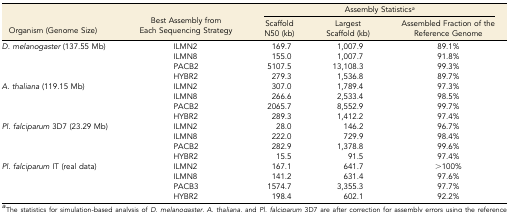
| <ROWSPAN=2> Organism (Genome Size) | <ROWSPAN=2> Best Assembly from Each Sequencing Strategy | <COLSPAN=3> Assembly Statisticsa |
 | Scaffold N50 (kb) | Largest Scaffold (kb) | Assembled Fraction of the Reference Genome |
 | --- | --- | --- | --- | --- |
 | <ROWSPAN=4> D. melanogaster (137.55 Mb) | ILMN2 | 169.7 | 1,007.9 | 89.1% |
 | ILMN8 | 155.0 | 1,007.7 | 91.8% |
 | PACB2 | 5107.5 | 13,108.3 | 99.3% |
 | HYBR2 | 279.3 | 1,536.8 | 89.7% |
 | <ROWSPAN=4> A. thaliana (119.15 Mb) | ILMN2 | 307.0 | 1,789.4 | 97.3% |
 | ILMN8 | 266.6 | 2,533.4 | 98.5% |
 | PACB2 | 2065.7 | 8,552.9 | 99.7% |
 | HYBR2 | 289.3 | 1,412.2 | 97.4% |
 | <ROWSPAN=4> Pl. falciparum 3D7 (23.29 Mb) | ILMN2 | 28.0 | 146.2 | 96.7% |
 | ILMN8 | 222.0 | 729.9 | 98.4% |
 | PACB2 | 282.9 | 1,378.8 | 99.6% |
 | HYBR2 | 15.5 | 91.5 | 97.4% |
 | <ROWSPAN=4> Pl. falciparum IT (real data) | ILMN2 | 167.1 | 641.7 | >100% |
 | ILMN8 | 141.2 | 631.4 | 97.6% |
 | PACB3 | 1574.7 | 3,355.3 | 97.7% |
 | HYBR2 | 198.4 | 602.1 | 92.2% |